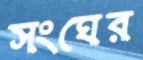
সংঘের